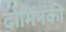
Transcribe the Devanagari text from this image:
दोमिनकी